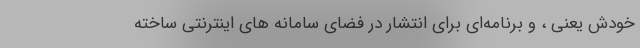
خودش یعنی ، و برنامه‌ای برای انتشار در فضای سامانه های اینترنتی ساخته